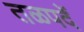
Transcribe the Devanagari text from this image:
तळपदें